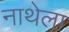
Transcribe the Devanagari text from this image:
नाथेला